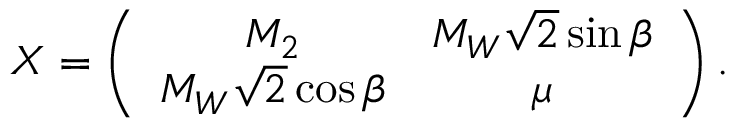
X = \left( \begin{array} { c c } { { M _ { 2 } } } & { { M _ { W } \sqrt 2 \sin \beta } } \\ { { M _ { W } \sqrt 2 \cos \beta } } & { { \mu } } \end{array} \right) .